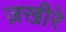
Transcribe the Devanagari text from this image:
ज़खीरे